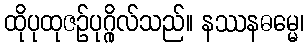
ထိုပုထုဇဉ်ပုဂ္ဂိုလ်သည်။ နဿနဓမ္မေ၊